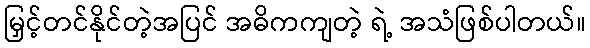
မြှင့်တင်နိုင်တဲ့အပြင် အဓိကကျတဲ့ ရဲ့ အသံဖြစ်ပါတယ်။